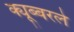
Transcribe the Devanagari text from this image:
क्यूब्बरले